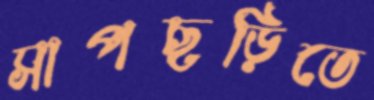
সাপছড়িতে